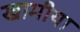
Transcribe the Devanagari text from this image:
खामीया